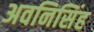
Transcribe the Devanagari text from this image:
अवनिसिंह